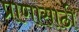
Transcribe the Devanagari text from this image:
प्राणासाठी